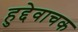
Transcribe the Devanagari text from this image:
हुद्देवाचक